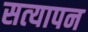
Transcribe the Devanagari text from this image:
सत्‍यापन